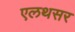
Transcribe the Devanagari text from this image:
एलथसर